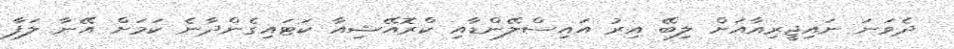
ދެވަނަ ނައިޖީރިއާއަށް ލިބޭ އިރު އައިސްލޭންޑާއި ކްރޮއޭޝިއާ ކަޓައިގެންދާނެ ކަމަށް އޭނާ ލަފާ